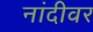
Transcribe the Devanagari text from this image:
नांदीवर